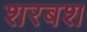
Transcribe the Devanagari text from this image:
शरबश